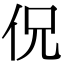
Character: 㑆